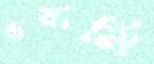
ওয়ামি